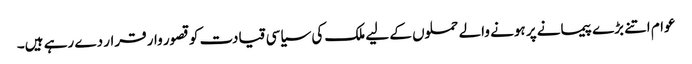
عوام اتنے بڑے پیمانے پر ہونے والے حملوں کے لیے ملک کی سیاسی قیادت کو قصور وار قرار دے رہے ہیں۔